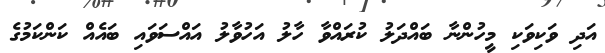
އަދި ވަކިވަކި މީހުންނާ ބައްދަލު ކުރައްވާ ހާލު އަހުވާލު އައްސަވައި ބައެއް ކަންކަމުގެ